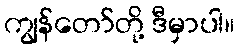
ကျွန်တော်တို့ ဒီမှာပါ။